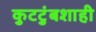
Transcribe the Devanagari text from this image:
कुटटुंबशाही